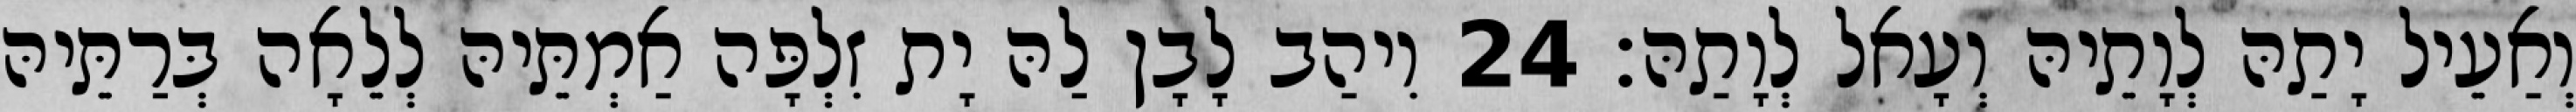
וְאַעֵיל יָתַהּ לְוָתֵיהּ וְעָאל לְוָתַהּ׃ 24 וִיהַב לָבָן לַהּ יָת זִלְפָּה אַמְתֵּיהּ לְלֵאָה בְּרַתֵּיהּ